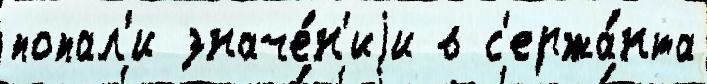
попал'и значе́н'иjи в с'ержа́нта